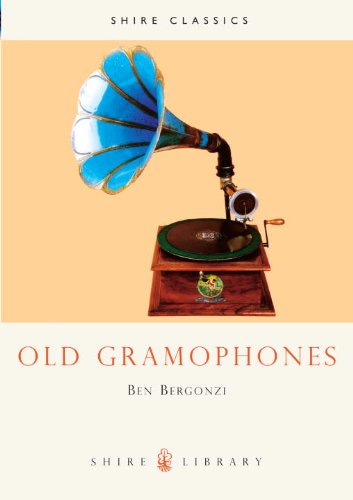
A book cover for Old Gramophones (Shire Library); Ben Bergonzi; Crafts, Hobbies & Home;